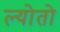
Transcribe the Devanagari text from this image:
ल्योतो